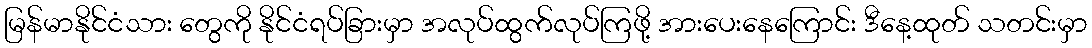
မြန်မာနိုင်ငံသား တွေကို နိုင်ငံရပ်ခြားမှာ အလုပ်ထွက်လုပ်ကြဖို့ အားပေးနေကြောင်း ဒီနေ့ထုတ် သတင်းမှာ